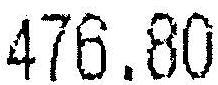
476.80